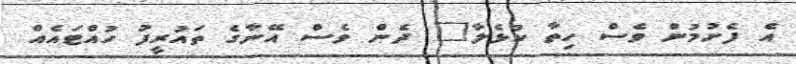
އެ ފެށުމުން ވެސް ހިތާ ކުޅެލާ" ދެން ވެސް އޭނާގެ ތައުރީފު ހުއްޓައެއް